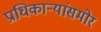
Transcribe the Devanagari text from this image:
प्राधिकाऱ्यांसमोर